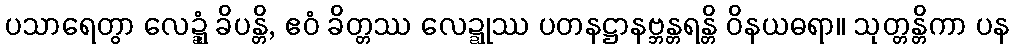
ပသာရေတွာ လေဍ္ဍုံ ခိပန္တိ, ဧဝံ ခိတ္တဿ လေဍ္ဍုဿ ပတနဋ္ဌာနဗ္ဘန္တရန္တိ ဝိနယဓရာ။ သုတ္တန္တိကာ ပန